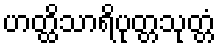
ဟတ္ထိသာရိပုတ္တသုတ္တံ